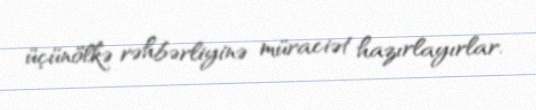
üçünölkə rəhbərliyinə müraciət hazırlayırlar.